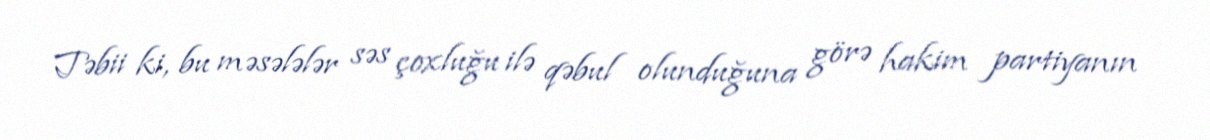
Təbii ki, bu məsələlər səs çoxluğu ilə qəbul olunduğuna görə hakim partiyanın